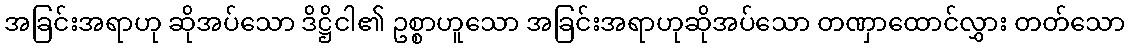
အခြင်းအရာဟု ဆိုအပ်သော ဒိဋ္ဌိငါ၏ ဥစ္စာဟူသော အခြင်းအရာဟုဆိုအပ်သော တဏှာထောင်လွှား တတ်သော